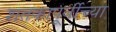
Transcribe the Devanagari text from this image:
शतकापूर्वीच्या